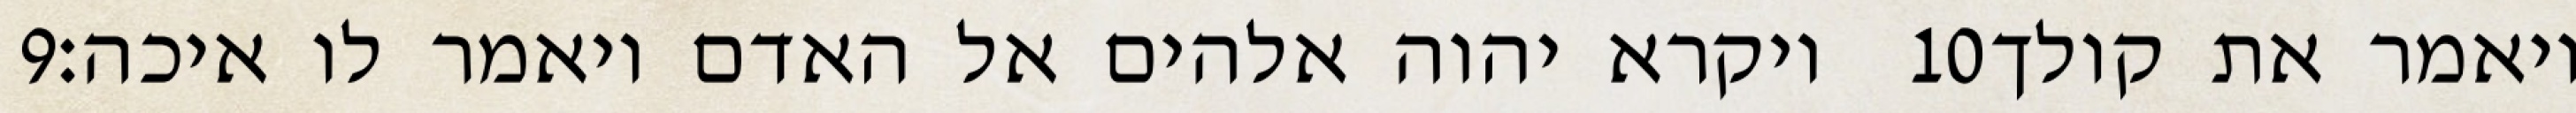
‎9‏ ויקרא יהוה אלהים אל האדם ויאמר לו איכה׃ ‎10‏ ויאמר את קולך